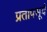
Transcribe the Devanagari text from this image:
प्रतापसूर्य